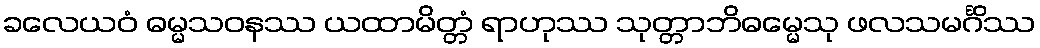
ခလေယဝံ ဓမ္မသဝနဿ ယထာမိတ္တံ ရာဟုဿ သုတ္တာဘိဓမ္မေသု ဖလသမင်္ဂိဿ